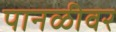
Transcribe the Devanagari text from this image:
पानळीवर